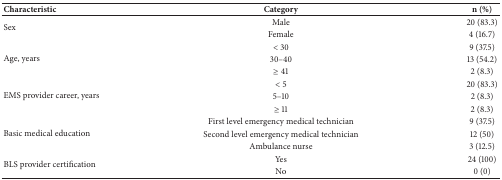
| Characteristic | Category | n (%) |
 | --- | --- | --- |
 | <ROWSPAN=2> Sex | Male | 20 (83.3) |
 | Female | 4 (16.7) |
 | <ROWSPAN=3> Age, years | < 30 | 9 (37.5) |
 | 30–40 | 13 (54.2) |
 | ≥ 41 | 2 (8.3) |
 | <ROWSPAN=3> EMS provider career, years | < 5 | 20 (83.3) |
 | 5–10 | 2 (8.3) |
 | ≥ 11 | 2 (8.3) |
 | <ROWSPAN=3> Basic medical education | First level emergency medical technician | 9 (37.5) |
 | Second level emergency medical technician | 12 (50) |
 | Ambulance nurse | 3 (12.5) |
 | <ROWSPAN=2> BLS provider certification | Yes | 24 (100) |
 | No | 0 (0) |